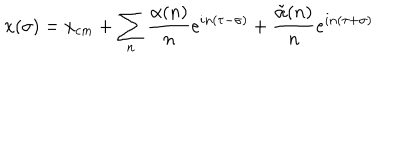
x ( \sigma ) = x _ { c m } + \sum _ { n } { \frac { \alpha ( n ) } { n } } e ^ { i n ( \tau - \sigma ) } + { \frac { \tilde { \alpha } ( n ) } { n } } e ^ { i n ( \tau + \sigma ) }